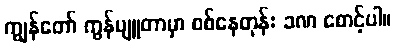
ကျွန်တော် ကွန်ပျူတာမှာ စစ်နေတုန်း ခဏ စောင့်ပါ။